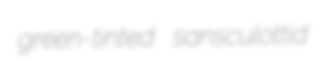
green-tinted sansculottid